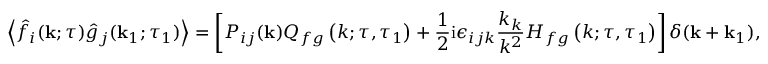
\left\langle \hat { f } _ { i } ( \mathbf { k } ; \tau ) \hat { g } _ { j } ( \mathbf { k } _ { 1 } ; \tau _ { 1 } ) \right\rangle = \left[ P _ { i j } ( \mathbf { k } ) Q _ { f g } \left( k ; \tau , \tau _ { 1 } \right) + \frac { 1 } { 2 } \mathrm { i } \epsilon _ { i j k } \frac { k _ { k } } { k ^ { 2 } } H _ { f g } \left( k ; \tau , \tau _ { 1 } \right) \right] \delta ( \mathbf { k } + \mathbf { k } _ { 1 } ) ,